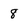
Character: 8